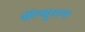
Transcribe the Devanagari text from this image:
सॅल्यूशन